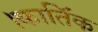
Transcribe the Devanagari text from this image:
।कातिॅक